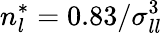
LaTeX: n_{l}^{*}=0.83/\sigma_{ll}^{3}